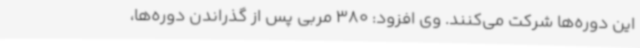
این دوره‌ها شرکت می‌کنند. وی افزود: 380 مربی پس از گذراندن دوره‌ها،